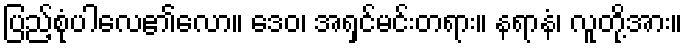
ပြည့်စုံပါလေ၏လော။ ဒေဝ၊ အရှင်မင်းတရား။ နရာနံ၊ လူတို့အား။